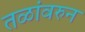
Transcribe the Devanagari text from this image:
तळांवरुन